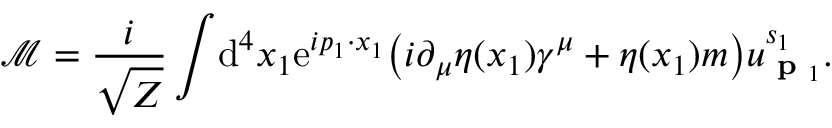
{ \mathcal { M } } = { \frac { i } { \sqrt { Z } } } \int \! \mathrm { d } ^ { 4 } x _ { 1 } \mathrm { e } ^ { i p _ { 1 } \cdot x _ { 1 } } { \big ( } i \partial _ { \mu } \eta ( x _ { 1 } ) \gamma ^ { \mu } + \eta ( x _ { 1 } ) m { \big ) } u _ { { \textbf { p } } _ { 1 } } ^ { s _ { 1 } } .